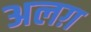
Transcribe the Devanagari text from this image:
अलग़